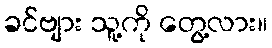
ခင်ဗျား သူ့ကို တွေ့လား။